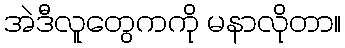
အဲဒီလူတွေကကို မနာလိုတာ။